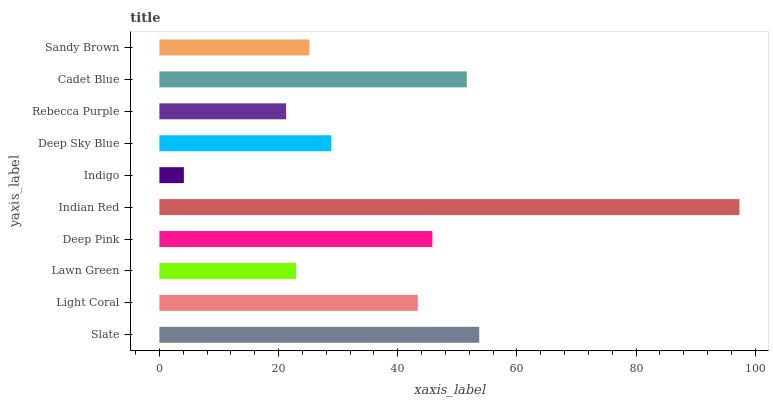
| yaxis_label | bars |
 | --- | --- |
 | Slate | 53.7 |
 | Light Coral | 43.4 |
 | Lawn Green | 22.9 |
 | Deep Pink | 45.8 |
 | Indian Red | 97.4 |
 | Indigo | 4.11 |
 | Deep Sky Blue | 28.9 |
 | Rebecca Purple | 21.3 |
 | Cadet Blue | 51.6 |
 | Sandy Brown | 25.2 |